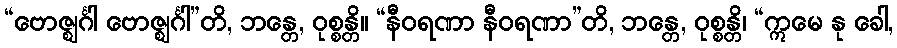
“ဗောဇ္ဈင်္ဂါ ဗောဇ္ဈင်္ဂါ”တိ, ဘန္တေ, ဝုစ္စန္တိ။ “နီဝရဏာ နီဝရဏာ”တိ, ဘန္တေ, ဝုစ္စန္တိ၊ “ဣမေ နု ခေါ,